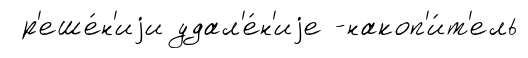
р'еше́н'иjи удал'е́н'иjе -накоп'и́т'ель